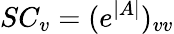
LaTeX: SC_{v}=(e^{|A|})_{vv}